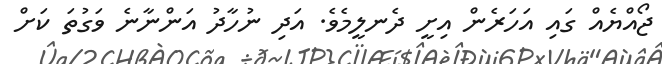
ޖޯއްޔެއް ގައި އަހަރެން އިށީ ދެނލީމެވެ. އަދި ނުހާދު އަންނާނެ ވަގުތަ ކަށް